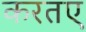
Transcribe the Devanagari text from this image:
करतए